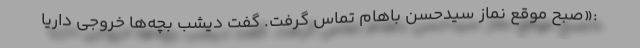
:«صبح موقع نماز سیدحسن باهام تماس گرفت. گفت دیشب بچه‌ها خروجی داریا